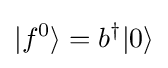
\vert f^{0}\rangle =b^{\dagger }\vert 0\rangle